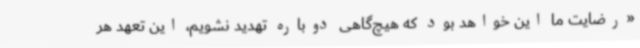
«رضایت ما این خواهد بود که هیچ‌گاهی دوباره تهدید نشویم، این تعهد هر